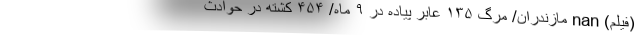
(فیلم) nan مازندران/ مرگ ۱۳۵ عابر پیاده در ۹ ماه/ ۴۵۴ کشته در حوادث